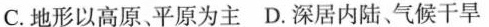
C.地形以高原、平原为主 D.深居内陆、气候干旱